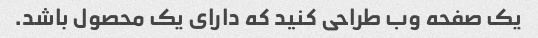
یک صفحه وب طراحی کنید که دارای یک محصول باشد.